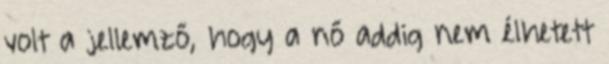
volt a jellemző, hogy a nő addig nem élhetett